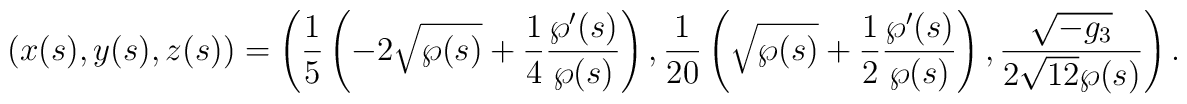
\left( x(s),y(s),z(s)\right)=\left(\frac{1}{5}\left(-2\sqrt{\wp(    s)}+\frac{1}{4}\frac{\wp^\prime( s)}{\wp(    s)}\right),\frac{1}{20}\left(\sqrt{\wp(    s)}+\frac{1}{2}\frac{\wp^\prime( s)}{\wp( s)}\right),\frac{\sqrt{-g_3}}{2\sqrt{12}\wp(s)}\right).